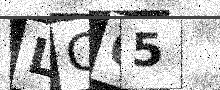
Text: LCO5